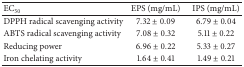
<table><thead><tr><td><b>EC<sub>50</sub></b></td><td><b> EPS (mg/mL)</b></td><td><b>IPS (mg/mL)</b></td></tr></thead><tbody><tr><td>DPPH radical scavenging activity</td><td>7.32 ± 0.09</td><td>6.79 ± 0.04</td></tr><tr><td>ABTS radical scavenging activity</td><td>7.08 ± 0.32</td><td>5.11 ± 0.22</td></tr><tr><td>Reducing power</td><td>6.96 ± 0.22</td><td>5.33 ± 0.27</td></tr><tr><td>Iron chelating activity</td><td>1.64 ± 0.41</td><td>1.49 ± 0.21</td></tr></tbody></table>